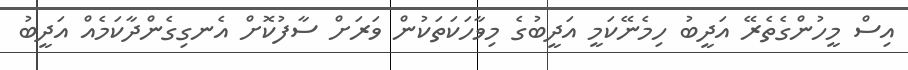
އިސް މީހުންގެތެރޭ އަދީބު ހިމެނޭކަމީ އަދީބުގެ މިވާހަކަތަކުން ވަރަށް ސާފުކޮށް އެނގިގެންދާކަމެއް އަދީބު